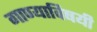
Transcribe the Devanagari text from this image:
गाण्याविषयी